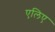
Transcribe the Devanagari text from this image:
एलिए